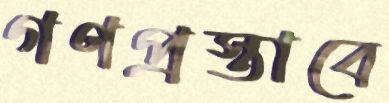
গণপ্রস্তাবে